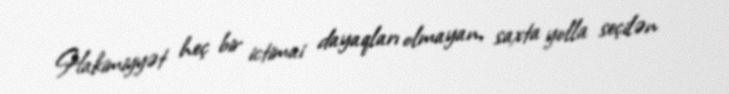
Hakimiyyət heç bir ictimai dayaqları olmayan, saxta yolla seçilən